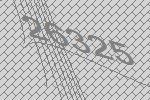
26325